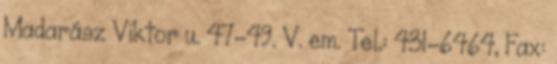
Madarász Viktor u. 47–49. V. em. Tel.: 431-6464, Fax: